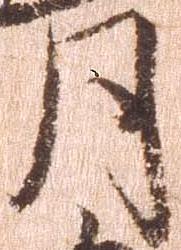
月